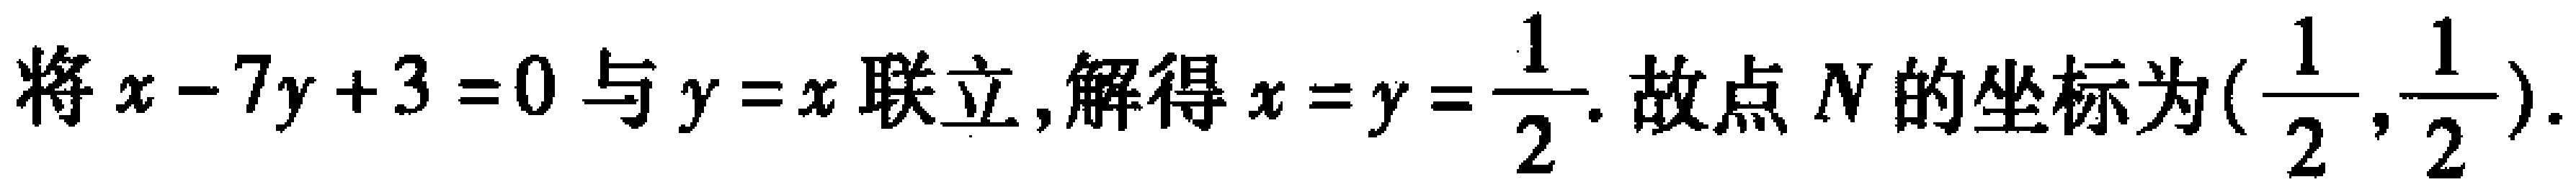
将\(x - 7y + 3 = 0\)与\(y = x\)联立,解得\(x = y = \frac{1}{2}\). 故点\(N\)的坐标为\((\frac{1}{2}, \frac{1}{2})\).